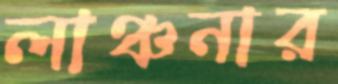
লাঞ্চনার